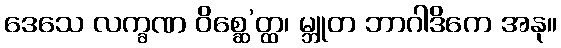
ဒေသေ လက္ခဏ ဝိစ္ဆေ’တ္ထ၊ မ္ဘူတ ဘာဂါဒိကေ အနု။